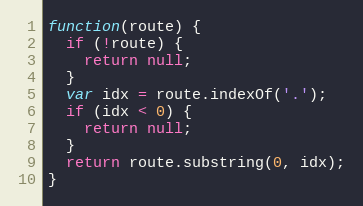
Language: JavaScript
function(route) {
  if (!route) {
    return null;
  }
  var idx = route.indexOf('.');
  if (idx < 0) {
    return null;
  }
  return route.substring(0, idx);
}